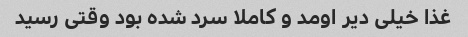
غذا خیلی دیر اومد و کاملا سرد شده بود وقتی رسید